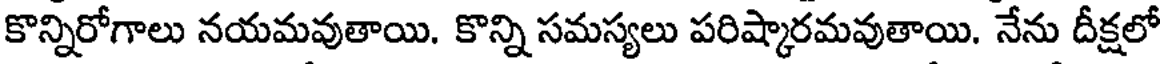
కొన్నిరోగాలు నయమవుతాయి. కొన్ని సమస్యలు పరిష్కారమవుతాయి. నేను దీక్షలో